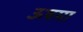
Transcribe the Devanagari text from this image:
ऊषमा